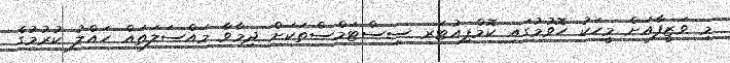
މި ވަޒީފާއަށް މީހަކު ހޮވުމުގައި ކޮމްޕިއުޓަރ ސިސްޓަމްސްތަކަށް ދިމާވާ މައްސަލަތައް ހައްލު ކުރުމުގެ